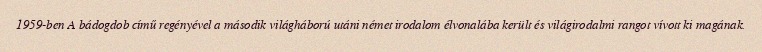
1959-ben A bádogdob című regényével a második világháború utáni német irodalom élvonalába került és világirodalmi rangot vívott ki magának.